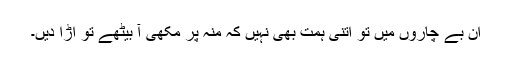
ان بے چاروں میں تو اتنی ہمت بھی نہیں کہ منہ پر مکھی آ بیٹھے تو اُڑا دیں۔